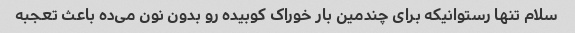
سلام تنها رستوانیکه برای چندمین بار خوراک کوبیده رو بدون نون می‌ده باعث تعجبه